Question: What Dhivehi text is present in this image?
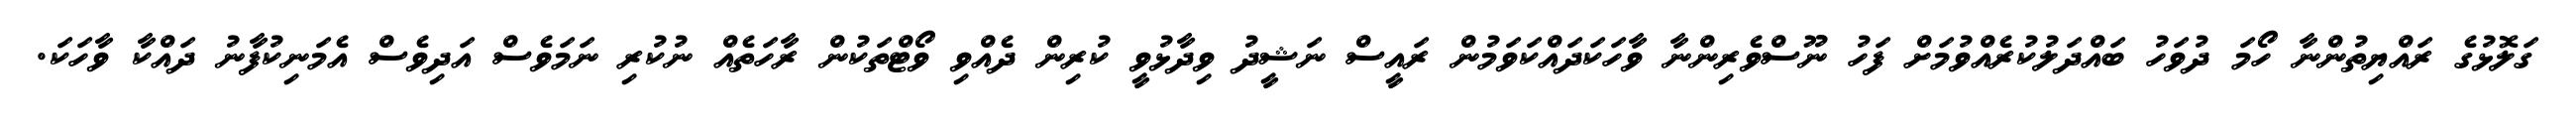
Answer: ގަލޮޅުގެ ރައްޔިތުންނާ ހޯމަ ދުވަހު ބައްދަލުކުރެއްވުމަށް ފަހު ނޫސްވެރިންނާ ވާހަކަދައްކަވަމުން ރައީސް ނަޝީދު ވިދާޅުވީ ކުރިން ދެއްވި ވޯޓްތަކުން ރާހަތެއް ނުކުރި ނަމަވެސް އަދިވެސް އެމަނިކުފާނު ދައްކާ ވާހަކަ.